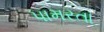
પામરતા